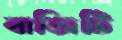
বাজিটি